Mental hospitals Bombay report 1921-28 - 1921-1928
Year: 1921
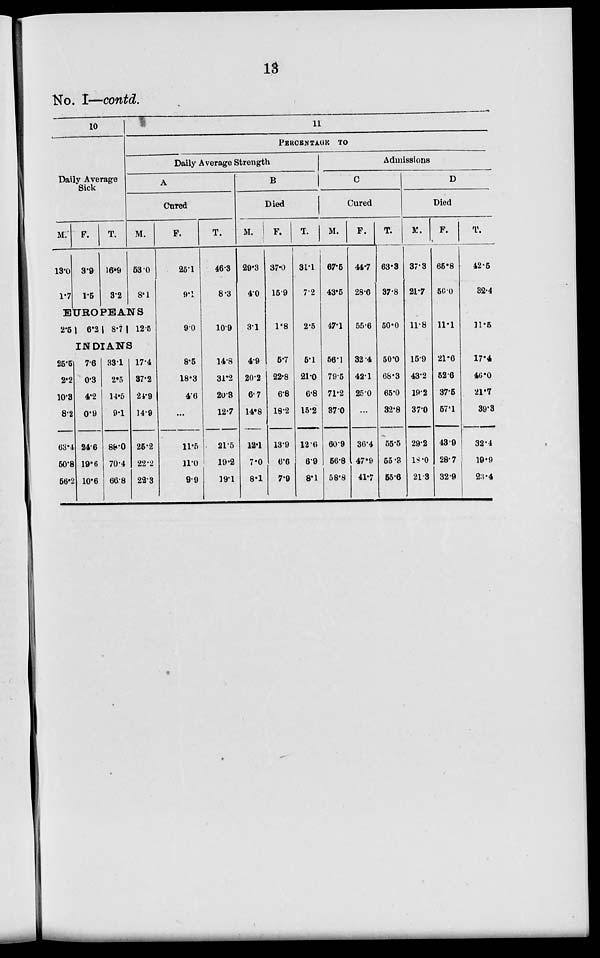
13
No. I—contd.
10
Daily Average
Sick
M.
13.0
1.7
F.
3.9
1.5
T.
16.9
3.2
11
PERCENTAGE TO
Daily Average Strength
A
Cured
M.
53.0
8.1
EUROPEANS
2.5
6.2 8.7 12.5
INDIANS
25.5
2.2
10.3
8.2
63.4
50.8
56.2
7.6
0.3
4.2
0.9
24.6
19.6
10.6
33.1
2.5
14.6
9.1
88.0
70.4
66.8
17.4
37.2
24.9
14.9
25.2
22.2
22.8
F.
25.1
9.1
9.0
8.5
18.3
4.6
...
11.5
11.0
9.9
T.
46.3
8.3
10.9
14.8
31.2
20.3
12.7
21.5
19.2
19.1
B
Died
M.
29.3
4.0
3.1
4.9
20.2
6.7
14.8
12.1
7.0
8.1
F.
37.0
15.9
1.8
5.7
22.8
6.8
18.2
13.9
6.6
7.9
T.
31.1
7.2
2.5
5.1
21.0
6.8
15.2
12.6
6.9
8.1
Admissions
C
Cured
M.
67.5
43.5
47.1
56.1
79.5
71.2
37.0
60.9
56.8
58.8
F.
44.7
28.6
55.6
32.4
42.1
25.0
...
36.4
47.9
41.7
T.
63.3
37.8
50.0
50.0
68.3
65.0
32.8
55.5
55.3
55.6
D
Died
M.
37.3
21.7
11.8
15.9
43.2
19.2
37.0
29.2
18.0
21.3
F.
65.8
56.0
11.1
21.6
52.6
37.5
57.1
43.9
28.7
32.9
T.
42.5
32.4
11.5
17.4
40.0
21.7
39.3
32.4
19.9
23.4